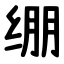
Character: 绷